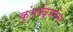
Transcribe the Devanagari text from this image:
कुंभमेळ्यांनंतर